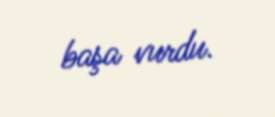
başa vurdu.